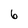
Character: 6